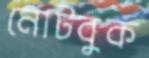
নোটবুক